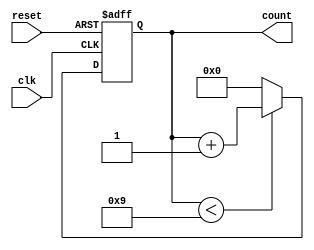
module BCD_Counter (
    input wire clk,        // Clock signal
    input wire reset,      // Asynchronous reset signal
    output reg [3:0] count // 4-bit BCD output
);

// Always block for synchronous behavior
always @(posedge clk or posedge reset) begin
    if (reset) begin
        count <= 4'b0000; // Reset count to 0
    end else begin
        if (count < 4'b1001) begin
            count <= count + 1; // Increment count
        end else begin
            count <= 4'b0000; // Wrap around to 0 if count is 9
        end
    end
end

endmodule